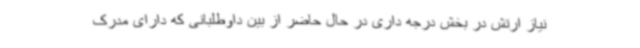
نیاز ارتش در بخش درجه داری در حال حاضر از بین داوطلبانی که دارای مدرک